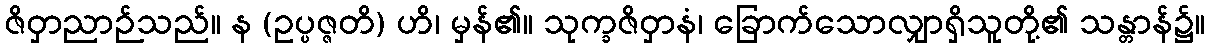
ဇိဝှာညာဉ်သည်။ န (ဥပ္ပဇ္ဇတိ) ဟိ၊ မှန်၏။ သုက္ခဇိဝှာနံ၊ ခြောက်သောလျှာရှိသူတို့၏ သန္တာန်၌။